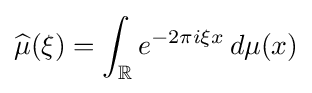
{\widehat {\mu }}(\xi )=\int _{\mathbb {R} }e^{-2\pi i\xi x}\,d\mu (x)